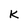
Character: K